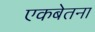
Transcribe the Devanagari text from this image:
एकबेतना